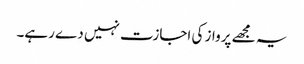
یہ مجھے پرواز کی اجازت نہیں دے رہے۔